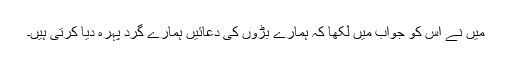
میں نے اس کو جواب میں لکھا کہ ہمارے بڑوں کی دعائیں ہمارے گرد پہرہ دیا کرتی ہیں۔